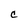
Character: c